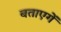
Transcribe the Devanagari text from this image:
बताएगें